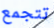
تتجمع